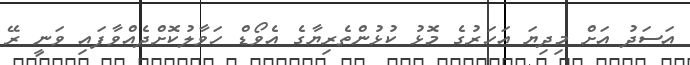
އަސަދު އަށް މިދިޔަ އަހަރުގެ މޮޅު ކުޅުންތެރިޔާގެ އެވޯޑް ހަވާލުކޮށްދެއްވާފައި ވަނީ ރޭ